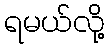
ရမယ်လို့